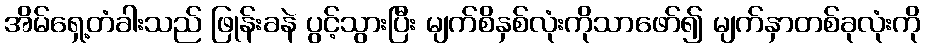
အိမ်ရှေ့တံခါးသည် ဖြုန်းခနဲ ပွင့်သွားပြီး မျက်စိနှစ်လုံးကိုသာဖော်၍ မျက်နှာတစ်ခုလုံးကို